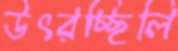
উৎরচ্ছিলি